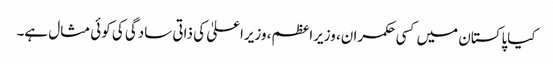
کیاپاکستان میں کسی حکمران، وزیراعظم، وزیراعلیٰ کی ذاتی سادگی کی کوئی مثال ہے۔